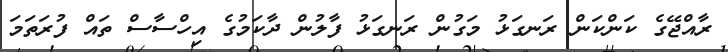
ރާއްޖޭގެ ކަންކަން ރަނގަޅު މަގުން ރަނގަޅު ފާލުން ދާކަމުގެ އިހްސާސް ތައް ފުރަތަމަ